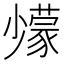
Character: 𡮹